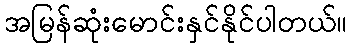
အမြန်ဆုံးမောင်းနှင်နိုင်ပါတယ်။